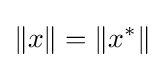
\|x\|=\|x^{*}\|